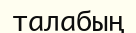
талабың